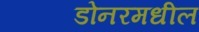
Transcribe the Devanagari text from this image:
डोनरमधील